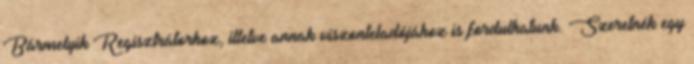
Bármelyik Regisztrátorhoz, illetve annak viszonteladójához is fordulhatunk. Szeretnék egy